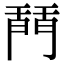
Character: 𨴚